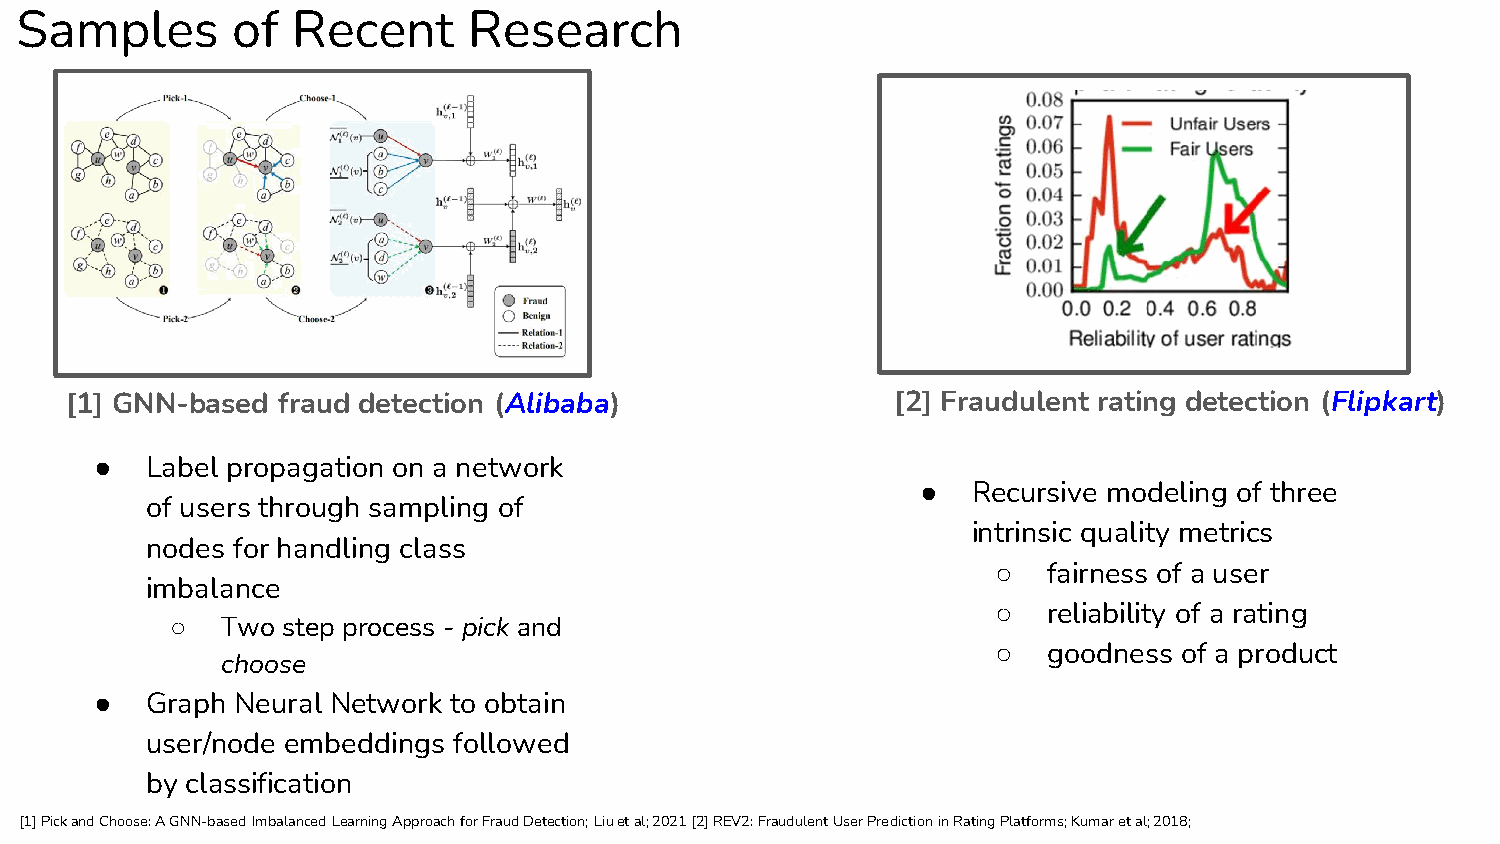
Samples       of  Recent      Research
 [1] GNN-based fraud detection (Alibaba)                [2] Fraudulent rating detection (Flipkart)
 ●   Label propagation on a network
 ●  Recursive modeling of three
 of users through sampling of
 intrinsic quality metrics
 nodes for handling class
 ○  fairness of a user
 imbalance
 ○  reliability of a rating
 ○   Two step process - pick and
 ○  goodness of a product
 choose
 ●   Graph Neural Network to obtain
 user/node embeddings followed
 by classification
 [1] Pick and Choose: A GNN-based Imbalanced Learning Approach for Fraud Detection; Liu et al; 2021 [2] REV2: Fraudulent User Prediction in Rating Platforms; Kumar et al; 2018;